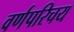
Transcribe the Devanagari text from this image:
वर्णपरिचय